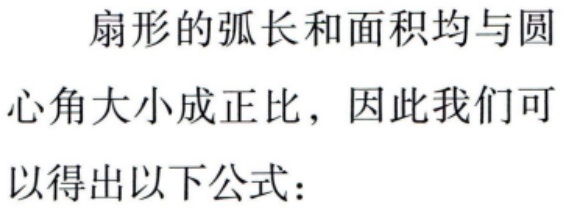
扇形的弧长和面积均与圆心角大小成正比，因此我们可以得出以下公式：